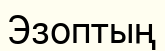
Эзоптың